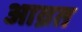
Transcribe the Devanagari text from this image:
आव्रत